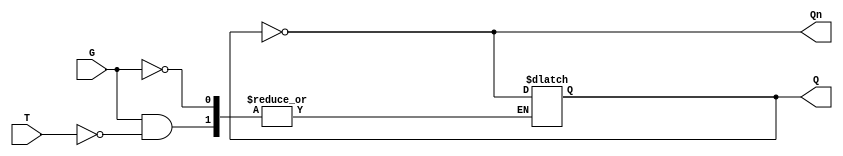
module gated_t_latch (
    input wire T,      // Toggle input
    input wire G,      // Gate (enable) input
    output reg Q,      // Output state
    output wire Qn     // Complementary output
);

    assign Qn = ~Q; // Complementary output

    always @(G or T) begin
        if (G) begin // When G is high (enabled)
            if (T) begin // If T is high, toggle Q
                Q <= ~Q;
            end
            // If T is low, retain the current state of Q
        end
        // If G is low, retain the current state of Q
    end

endmodule